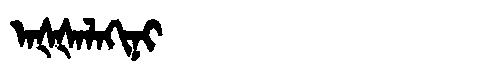
Manchu: ᠠᡧᡧᠠᠯᠠᡴᡳᠨᡳ
Romanization: AŠŠALAKINI